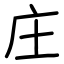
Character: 庄